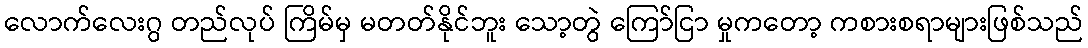
လောက်လေးဂွ တည်လုပ် ကြိမ်မှ မတတ်နိုင်ဘူး သော့တွဲ ကြော်ငြာ မှုကတော့ ကစားစရာများဖြစ်သည်